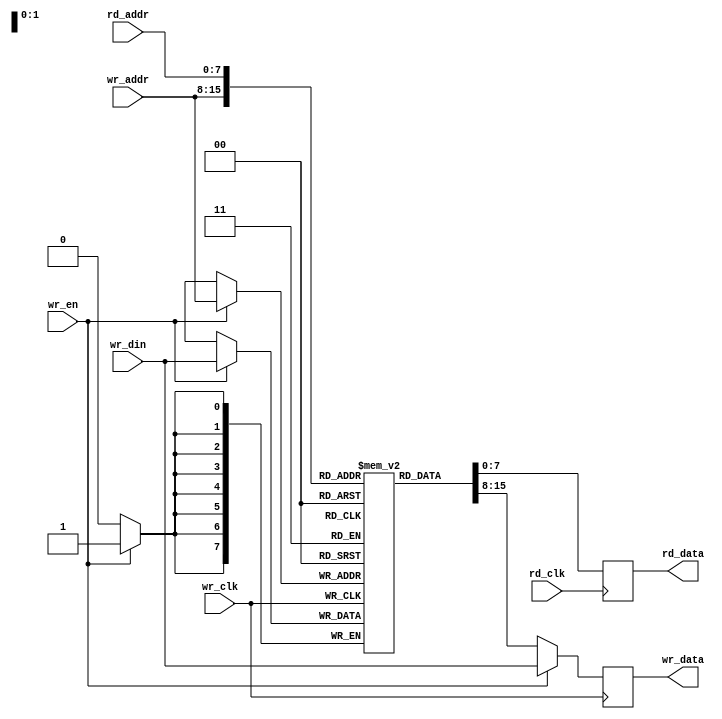

module async_fifo_memory #(parameter fifo_data_size = 8, fifo_ptr_size = 8)
          (
  input                           wr_clk,
  input                           rd_clk,
  input      [fifo_data_size-1:0] wr_din, 
  input           [fifo_ptr_size-1:0] wr_addr,
  input                           wr_en,
  input           [fifo_ptr_size-1:0] rd_addr,
  output reg [fifo_data_size-1:0] wr_data,
  output reg [fifo_data_size-1:0] rd_data);


  reg  [fifo_data_size - 1:0] ram [(1<<fifo_ptr_size) - 1:0];
  reg  [fifo_data_size - 1:0] dout_b;
  reg  [fifo_data_size - 1:0] dout_a;

  always @(posedge wr_clk)
    begin 
      if (wr_en == 1'b1) begin
        ram[wr_addr] <= wr_din;
        wr_data <= wr_din;
      end
      else begin
        wr_data <= ram[wr_addr];
      end
    end

  always @(posedge rd_clk)
      rd_data <= ram[rd_addr];


endmodule